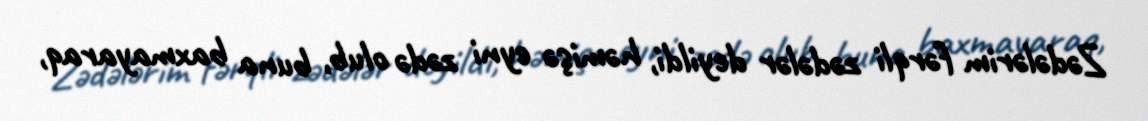
Zədələrim fərqli zədələr deyildi, həmişə eyni zədə olub, buna baxmayaraq,